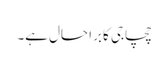
چچاجی کا برا حال ہے۔